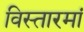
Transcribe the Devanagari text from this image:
विस्तारमां